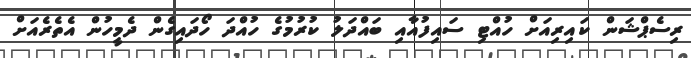
ރިސެޕްޝަން ކައިރިއަށް ހުއްޓި ސައިފުއާއި ބައްދަލު ކުރުމުގެ ހުއްދަ ހޯދައިގެން ދެމީހުން އެތެރެއަށް